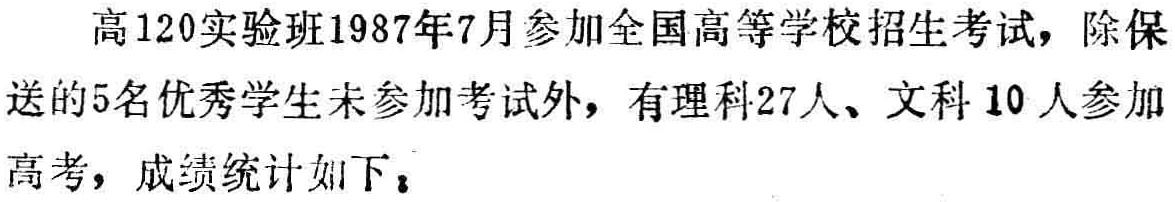
高120实验班1987年7月参加全国高等学校招生考试，除保送的5名优秀学生未参加考试外，有理科27人、文科10人参加高考，成绩统计如下：